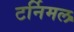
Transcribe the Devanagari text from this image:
टर्निमल